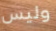
وليس